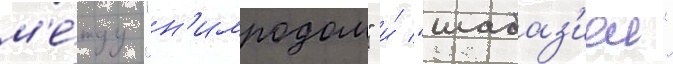
м'е́жду "н'имродом" и́ "шабаз'иеи"